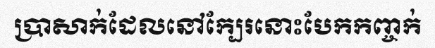
ប្រាសាក់ដែលនៅក្បែរនោះបែកកញ្ចក់